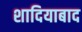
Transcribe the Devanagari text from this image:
शादियाबाद